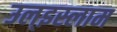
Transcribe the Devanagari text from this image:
उल्‌इस्लाम